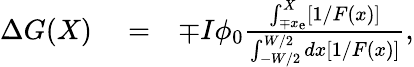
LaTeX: \begin{array}{rlr}{\Delta G(X)}&{{}=}&{\mp I\phi_{0}\frac{\int_{\mp x_{\mathrm{e}}}^{X}[1/F(x)]}{\int_{-W/2}^{W/2}dx[1/F(x)]},}\end{array}